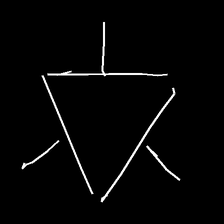
Glyph: fire